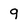
Character: 9